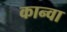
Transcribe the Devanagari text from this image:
कान्वा